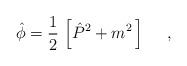
LaTeX: \begin{align*}\hat{\phi}=\frac{1}{2}\,\left[\hat{P}^2+m^2\,\right]\ \ \ \ ,\end{align*}